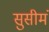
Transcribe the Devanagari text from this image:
सुसीमं